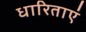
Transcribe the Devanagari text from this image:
धारिताएं